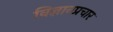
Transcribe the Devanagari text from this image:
विज्ञानप्रचार